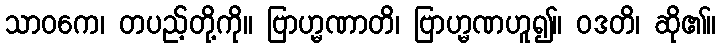
သာဝကေ၊ တပည့်တို့ကို။ ဗြာဟ္မဏာတိ၊ ဗြာဟ္မဏဟူ၍။ ဝဒတိ၊ ဆို၏။